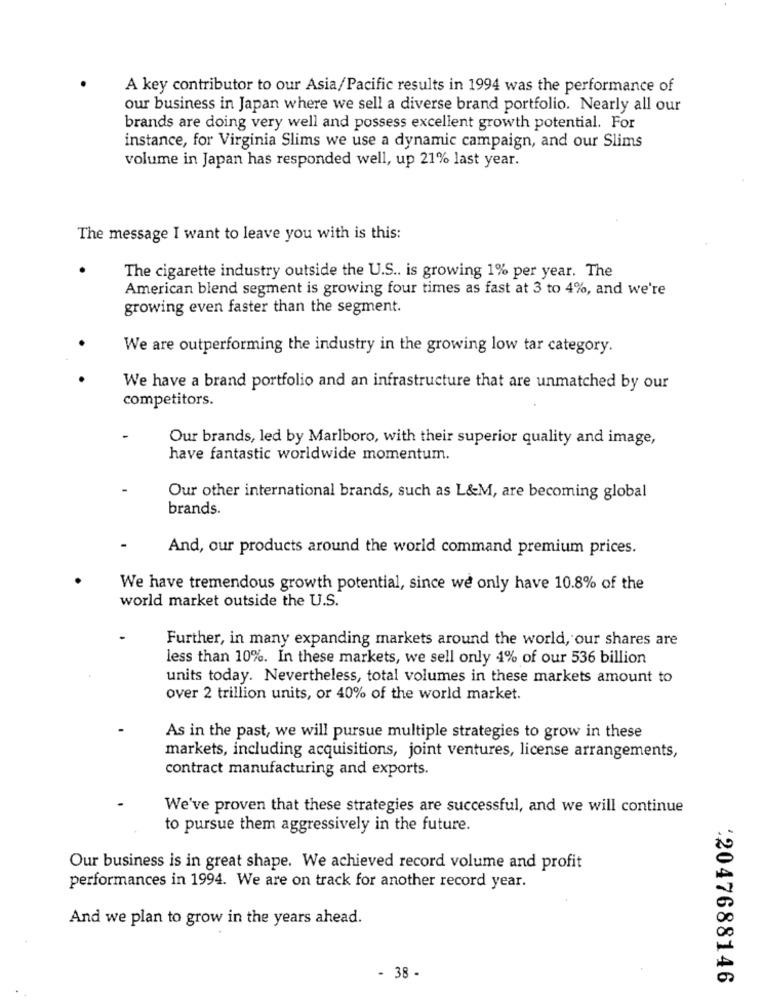
A key contributor to our Asia/Pacific results in 1994 was the performance of
our business in Japan where we sell a diverse brand portfolio. Nearly all our
brands are doing very well and possess excellent growth potential. For
instance, for Virginia Slims we use a dynamic campaign, and our Slims
volume in Japan has responded well, up 21% last year.
The message I want to leave you with is this:
The cigarette industry outside the U.S .. is growing 1% per year. The
American blend segment is growing four times as fast at 3 to 4%, and we're
growing even faster than the segment.
We are outperforming the industry in the growing low tar category.
We have a brand portfolio and an infrastructure that are unmatched by our
competitors.
Our brands, led by Marlboro, with their superior quality and image,
have fantastic worldwide momentum.
Our other international brands, such as L&M, are becoming global
brands.
And, our products around the world command premium prices.
We have tremendous growth potential, since we only have 10.8% of the
world market outside the U.S.
Further, in many expanding markets around the world, our shares are
less than 10%. In these markets, we sell only 4% of our 536 billion
units today. Nevertheless, total volumes in these markets amount to
over 2 trillion units, or 40% of the world market.
As in the past, we will pursue multiple strategies to grow in these
markets, including acquisitions, joint ventures, license arrangements,
contract manufacturing and exports.
We've proven that these strategies are successful, and we will continue
to pursue them aggressively in the future.
Our business is in great shape. We achieved record volume and profit
performances in 1994. We are on track for another record year.
And we plan to grow in the years ahead.
- 38 -
12047688146